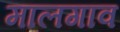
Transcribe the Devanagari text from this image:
मालगाव